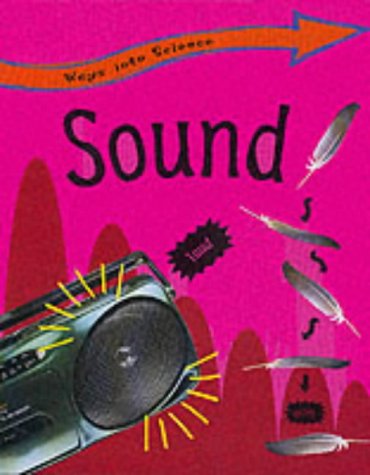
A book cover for Sound (Ways into Science); Peter D. Riley; Children's Books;